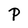
Character: P